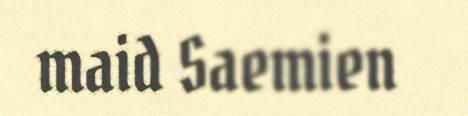
maid Saemien